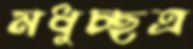
মধুচ্ছত্র